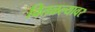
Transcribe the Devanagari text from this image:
वितळल्यावर